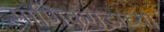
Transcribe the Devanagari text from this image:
माणिकगडाच्या